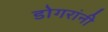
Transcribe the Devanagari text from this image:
डोगरांनी